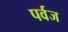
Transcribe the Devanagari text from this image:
पर्वज